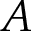
A